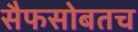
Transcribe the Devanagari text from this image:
सैफसोबतच